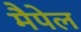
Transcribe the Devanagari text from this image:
मैपेल